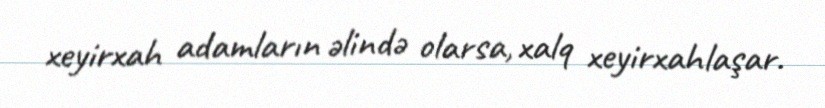
xeyirxah adamların əlində olarsa, xalq xeyirxahlaşar.